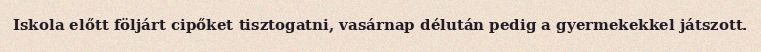
Iskola előtt följárt cipőket tisztogatni, vasárnap délután pedig a gyermekekkel játszott.